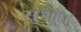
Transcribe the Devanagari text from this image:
सुग्ंध